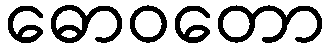
ဓောဝတော